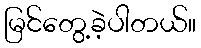
မြင်တွေ့ခဲ့ပါတယ်။